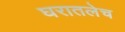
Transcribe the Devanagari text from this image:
घरातलेच